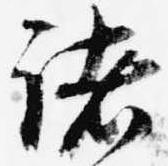
諸